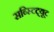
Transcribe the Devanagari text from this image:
सब्स्टिट्यूट